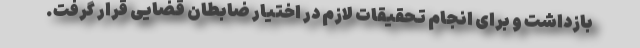
بازداشت و برای انجام تحقیقات لازم در اختیار ضابطان قضایی قرار گرفت.